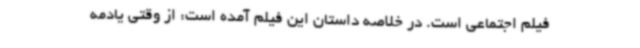
فیلم اجتماعی است. در خلاصه داستان این فیلم آمده است: از وقتی یادمه